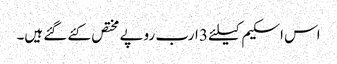
اس اسکیم کیلئے 3 ارب روپے مختص کئے گئے ہیں۔